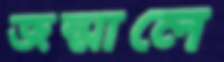
জন্মালে